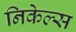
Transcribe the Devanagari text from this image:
निकेल्स